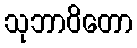
သုဘာဝိတော